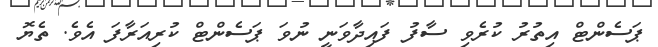
ޕަސެންޓް އިތުރު ކުރެވި ސާފު ފައިދާވަނީ ނުވަ ޕަސެންޓް ކުރިއަރާފަ އެވެ. ތެޔޮ